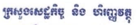
ក្រសួងសេដ្ឋកិច្ច និង ហិរញ្ញវត្ថុ